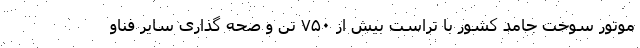
موتور سوخت جامد کشور با تراست بیش از ۷۵۰ تن و صحه گذاری سایر فناو